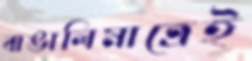
বাঙালিমাত্রেই